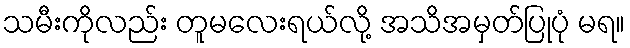
သမီးကိုလည်း တူမလေးရယ်လို့ အသိအမှတ်ပြုပုံ မရ။